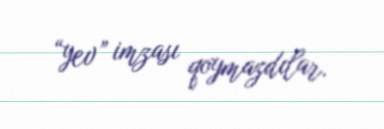
“yev” imzası qoymazdılar.